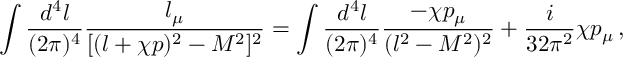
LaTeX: \int { \frac { d ^ { 4 } l } { ( 2 \pi ) ^ { 4 } } } { \frac { l _ { \mu } } { [ ( l + \chi p ) ^ { 2 } - M ^ { 2 } ] ^ { 2 } } } = \int { \frac { d ^ { 4 } l } { ( 2 \pi ) ^ { 4 } } } { \frac { - \chi p _ { \mu } } { ( l ^ { 2 } - M ^ { 2 } ) ^ { 2 } } } + { \frac { i } { 3 2 \pi ^ { 2 } } } \chi p _ { \mu } \, ,